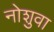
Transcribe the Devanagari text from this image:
नोशुवा